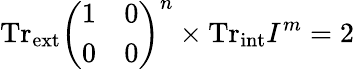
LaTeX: \mathrm{Tr}_{\mathrm{ext}}\left(\begin{array}{cc}{{1}}&{{0}}\\ {{0}}&{{0}}\end{array}\right)^{n}\times\mathrm{Tr}_{\mathrm{int}}I^{m}=2